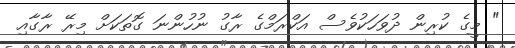
" މީގެ ކުރިން ދުވަހަކުވެސް އަކްރަމްގެ ރާގު ނުހުންނަ ގޮތަކަށް މިރޭ ރާގާއި